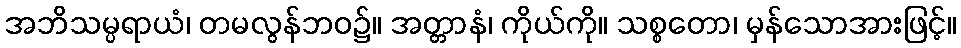
အဘိသမ္ပရာယံ၊ တမလွန်ဘဝ၌။ အတ္တာနံ၊ ကိုယ်ကို။ သစ္စတော၊ မှန်သောအားဖြင့်။